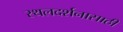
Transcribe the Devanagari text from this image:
स्थलदर्शनासाठी